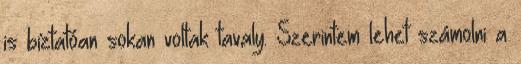
is bíztatóan sokan voltak tavaly. Szerintem lehet számolni a